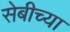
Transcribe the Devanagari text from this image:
सेबीच्या